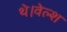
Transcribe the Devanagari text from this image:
थे।वेल्श